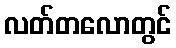
လတ်တလောတွင်